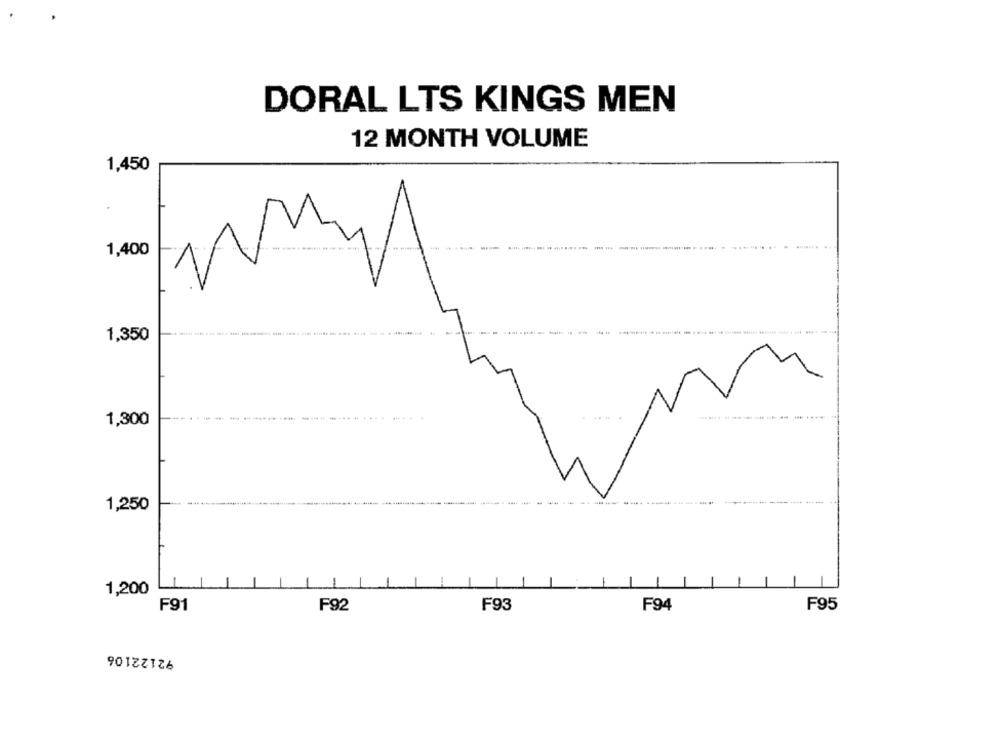
DORAL LTS KINGS MEN
12 MONTH VOLUME
1,450
1,400
1,350
--------
1,300
------
1,250
1,200
F91
F92
F93
F94
F95
92122106